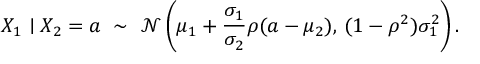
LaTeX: X _ { 1 } \mid X _ { 2 } = a \ \sim \ { \mathcal { N } } \left( \mu _ { 1 } + { \frac { \sigma _ { 1 } } { \sigma _ { 2 } } } \rho ( a - \mu _ { 2 } ) , \, ( 1 - \rho ^ { 2 } ) \sigma _ { 1 } ^ { 2 } \right) .